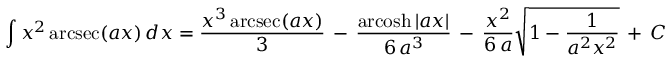
\int x ^ { 2 } \operatorname { a r c s e c } ( a x ) \, d x = { \frac { x ^ { 3 } \operatorname { a r c s e c } ( a x ) } { 3 } } \, - \, { \frac { \operatorname { a r c o s h } | a x | } { 6 \, a ^ { 3 } } } \, - \, { \frac { x ^ { 2 } } { 6 \, a } } { \sqrt { 1 - { \frac { 1 } { a ^ { 2 } x ^ { 2 } } } } } \, + \, C